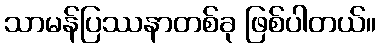
သာမန်ပြဿနာတစ်ခု ဖြစ်ပါတယ်။